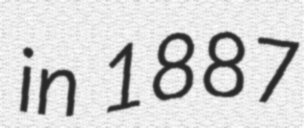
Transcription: in 1887